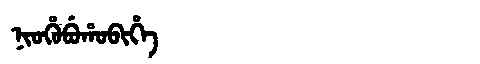
Manchu: ᠨᡳᠣᡥᡠᠪᡠᡥᠣᠪᡳᡥᡝ
Romanization: NIOHUBUHOBIHE